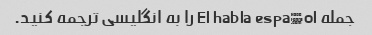
جمله El habla español را به انگلیسی ترجمه کنید.